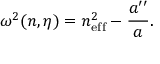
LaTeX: \omega ^ { 2 } ( n , \eta ) = n _ { \mathrm { e f f } } ^ { 2 } - \frac { a ^ { \prime \prime } } { a } .